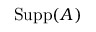
\operatorname { S u p p } ( A )